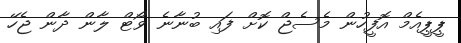
ޕީޕީއެމް އޮފީހުން މެސެޖް ކޮށް ފައި ބުނާނެ ވޯޓް ލާން ދާން ޖެހޭ